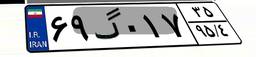
۲۲گ۳۱۱۸۲